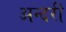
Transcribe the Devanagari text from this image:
अन्दरी